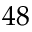
4 8